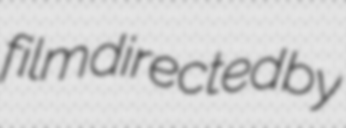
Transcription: film directed by